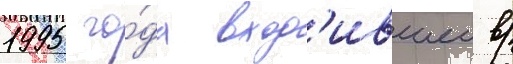
1995 го́да вход'ившеи в